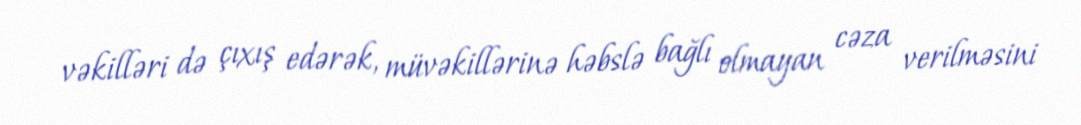
vəkilləri də çıxış edərək, müvəkillərinə həbslə bağlı olmayan cəza verilməsini